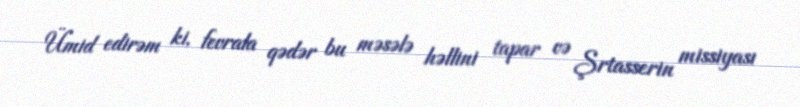
Ümid edirəm ki, fevrala qədər bu məsələ həllini tapar və Şrtasserin missiyası